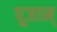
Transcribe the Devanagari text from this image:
पूजाम्